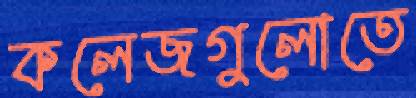
কলেজগুলোতে